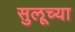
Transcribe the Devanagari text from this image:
सुलूच्या